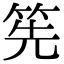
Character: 筅